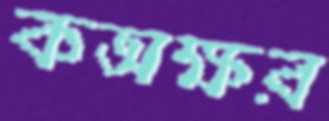
কঅক্ষর